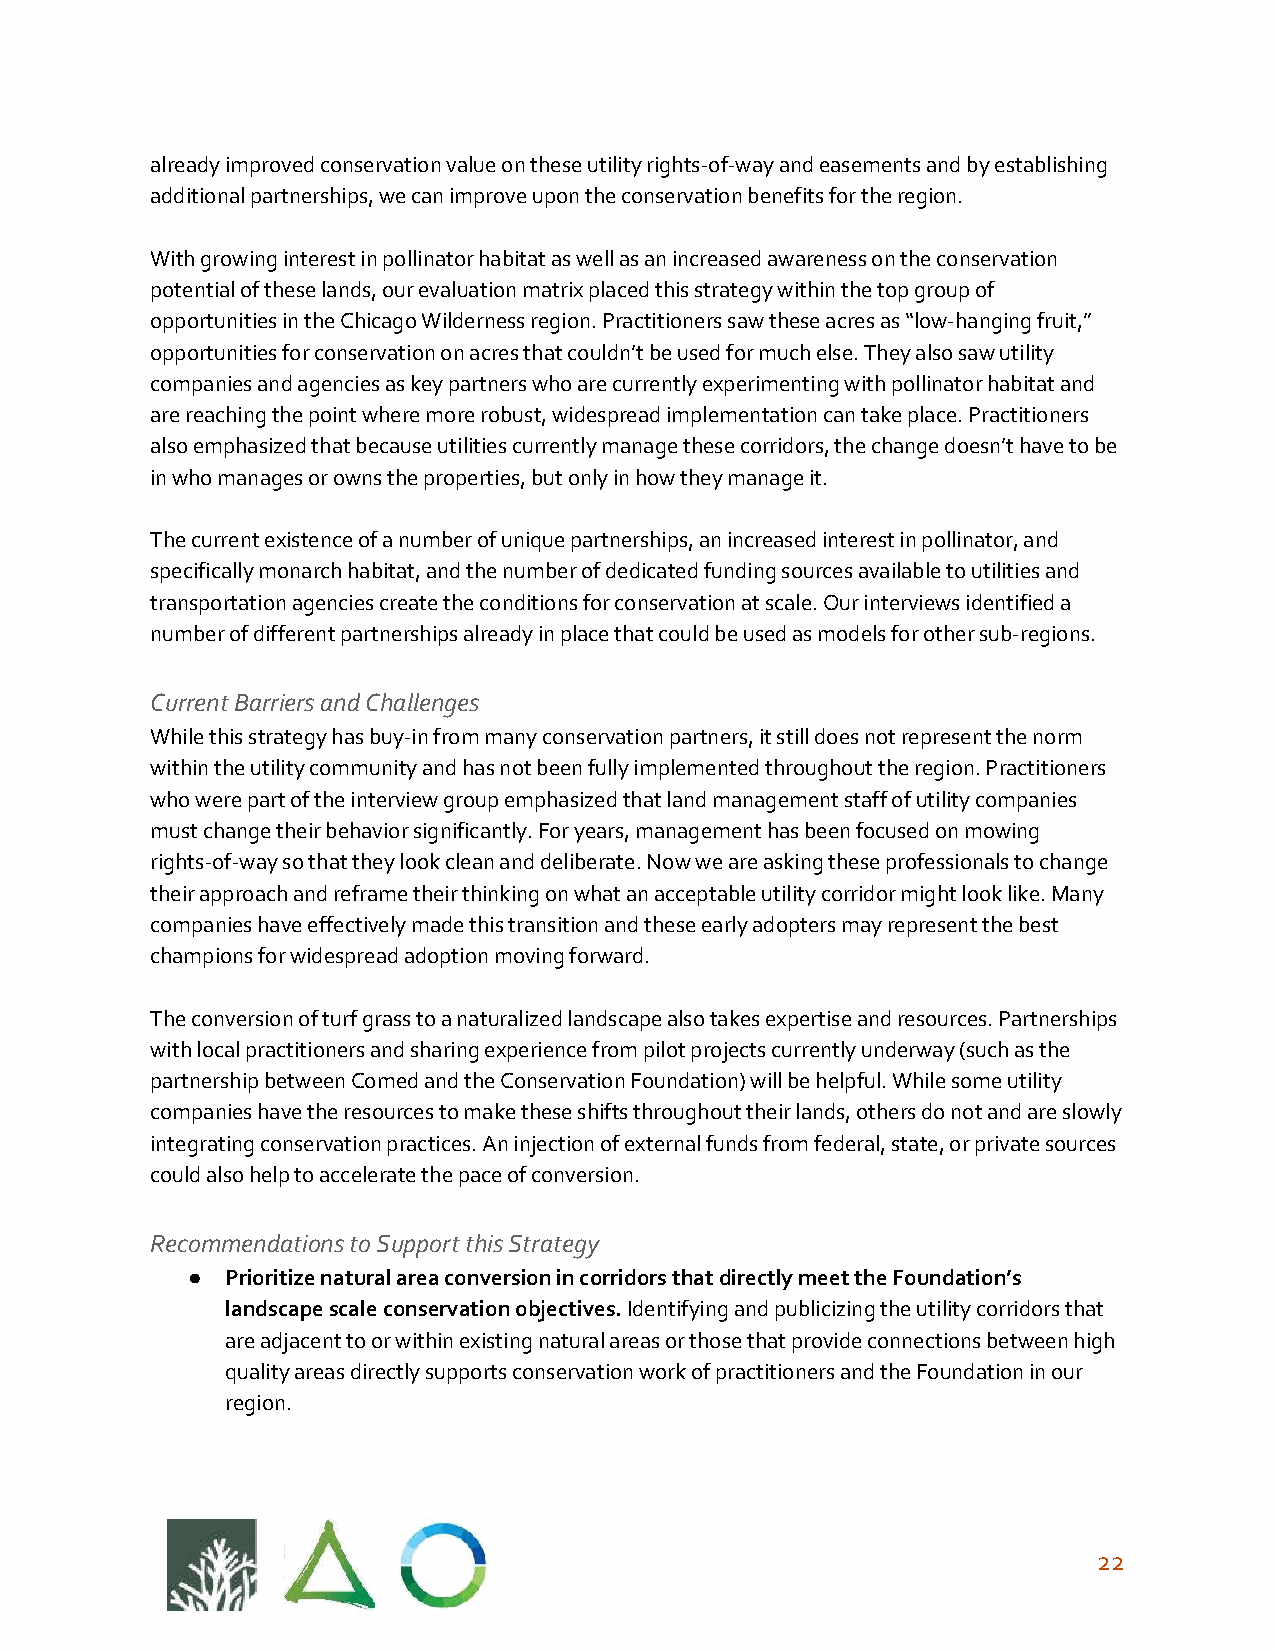
already improved conservation value on these utility rights-of-way and easements and by establishing
 additional partnerships, we can improve upon the conservation benefits for the region.
 With growing interest in pollinator habitat as well as an increased awareness on the conservation
 potential of these lands, our evaluation matrix placed this strategy within the top group of
 opportunities in the Chicago Wilderness region. Practitioners saw these acres as “low-hanging fruit,”
 opportunities for conservation on acres that couldn’t be used for much else. They also saw utility
 companies and agencies as key partners who are currently experimenting with pollinator habitat and
 are reaching the point where more robust, widespread implementation can take place. Practitioners
 also emphasized that because utilities currently manage these corridors, the change doesn’t have to be
 in who manages or owns the properties, but only in how they manage it.
 The current existence of a number of unique partnerships, an increased interest in pollinator, and
 specifically monarch habitat, and the number of dedicated funding sources available to utilities and
 transportation agencies create the conditions for conservation at scale. Our interviews identified a
 number of different partnerships already in place that could be used as models for other sub-regions.
 Current Barriers and Challenges
 While this strategy has buy-in from many conservation partners, it still does not represent the norm
 within the utility community and has not been fully implemented throughout the region. Practitioners
 who were part of the interview group emphasized that land management staff of utility companies
 must change their behavior significantly. For years, management has been focused on mowing
 rights-of-way so that they look clean and deliberate. Now we are asking these professionals to change
 their approach and reframe their thinking on what an acceptable utility corridor might look like. Many
 companies have effectively made this transition and these early adopters may represent the best
 champions for widespread adoption moving forward.
 The conversion of turf grass to a naturalized landscape also takes expertise and resources. Partnerships
 with local practitioners and sharing experience from pilot projects currently underway (such as the
 partnership between Comed and the Conservation Foundation) will be helpful. While some utility
 companies have the resources to make these shifts throughout their lands, others do not and are slowly
 integrating conservation practices. An injection of external funds from federal, state, or private sources
 could also help to accelerate the pace of conversion.
 Recommendations to Support this Strategy
 ●  Prioritize natural area conversion in corridors that directly meet the Foundation’s
 landscape scale conservation objectives. Identifying and publicizing the utility corridors that
 ​
 are adjacent to or within existing natural areas or those that provide connections between high
 quality areas directly supports conservation work of practitioners and the Foundation in our
 region.
 22